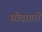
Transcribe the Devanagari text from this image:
सौदाग़रों